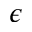
\epsilon